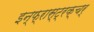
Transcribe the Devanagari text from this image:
इन्फ्रास्ट्रक्चर्